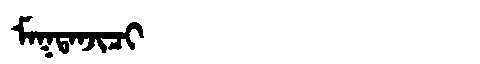
Manchu: ᠮᠠᡴᡨᠠᠨᠵᡳᠴᡳ
Romanization: MAKTANJICI